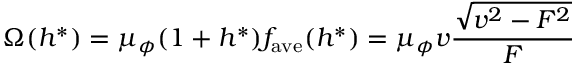
\Omega ( h ^ { * } ) = \mu _ { \phi } ( 1 + h ^ { * } ) f _ { \mathrm { a v e } } ( h ^ { * } ) = \mu _ { \phi } v \frac { \sqrt { v ^ { 2 } - F ^ { 2 } } } { F }